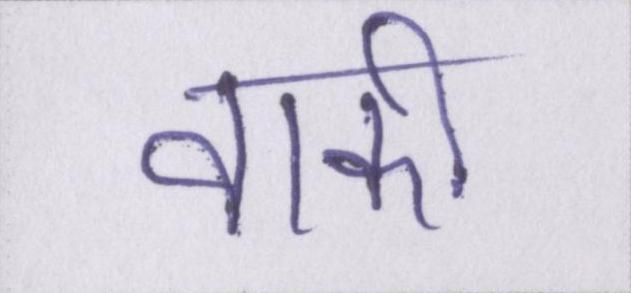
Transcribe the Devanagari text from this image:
वाकी